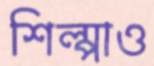
শিল্পাও